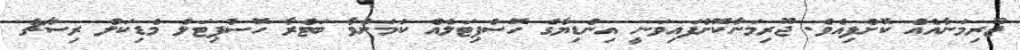
ޖޫރިމަނާއެއް ކޮށްފިއެވެ. ޖޫރިމަނާކޮށްފައިވަނީ އިންޑިޔާގެ ހޮސްޕިޓަލެއް ކަމަށްވާ ބަޓްރާ ހޮސްޕިޓަލް މެޑިކަލް ރިސާޗް